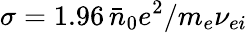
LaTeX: \sigma=1.96\, \bar{n}_{0}e^{2}/m_{e}\nu_{ei}